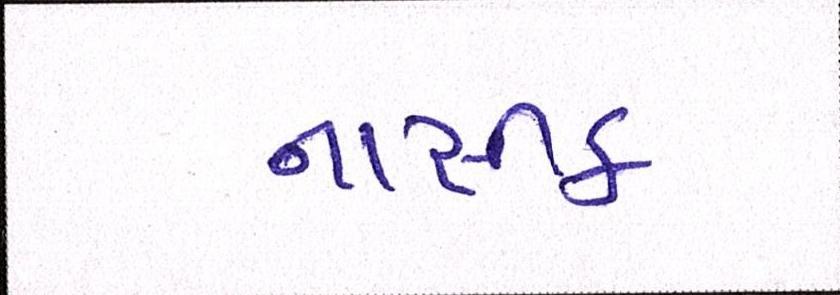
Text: નાસીક